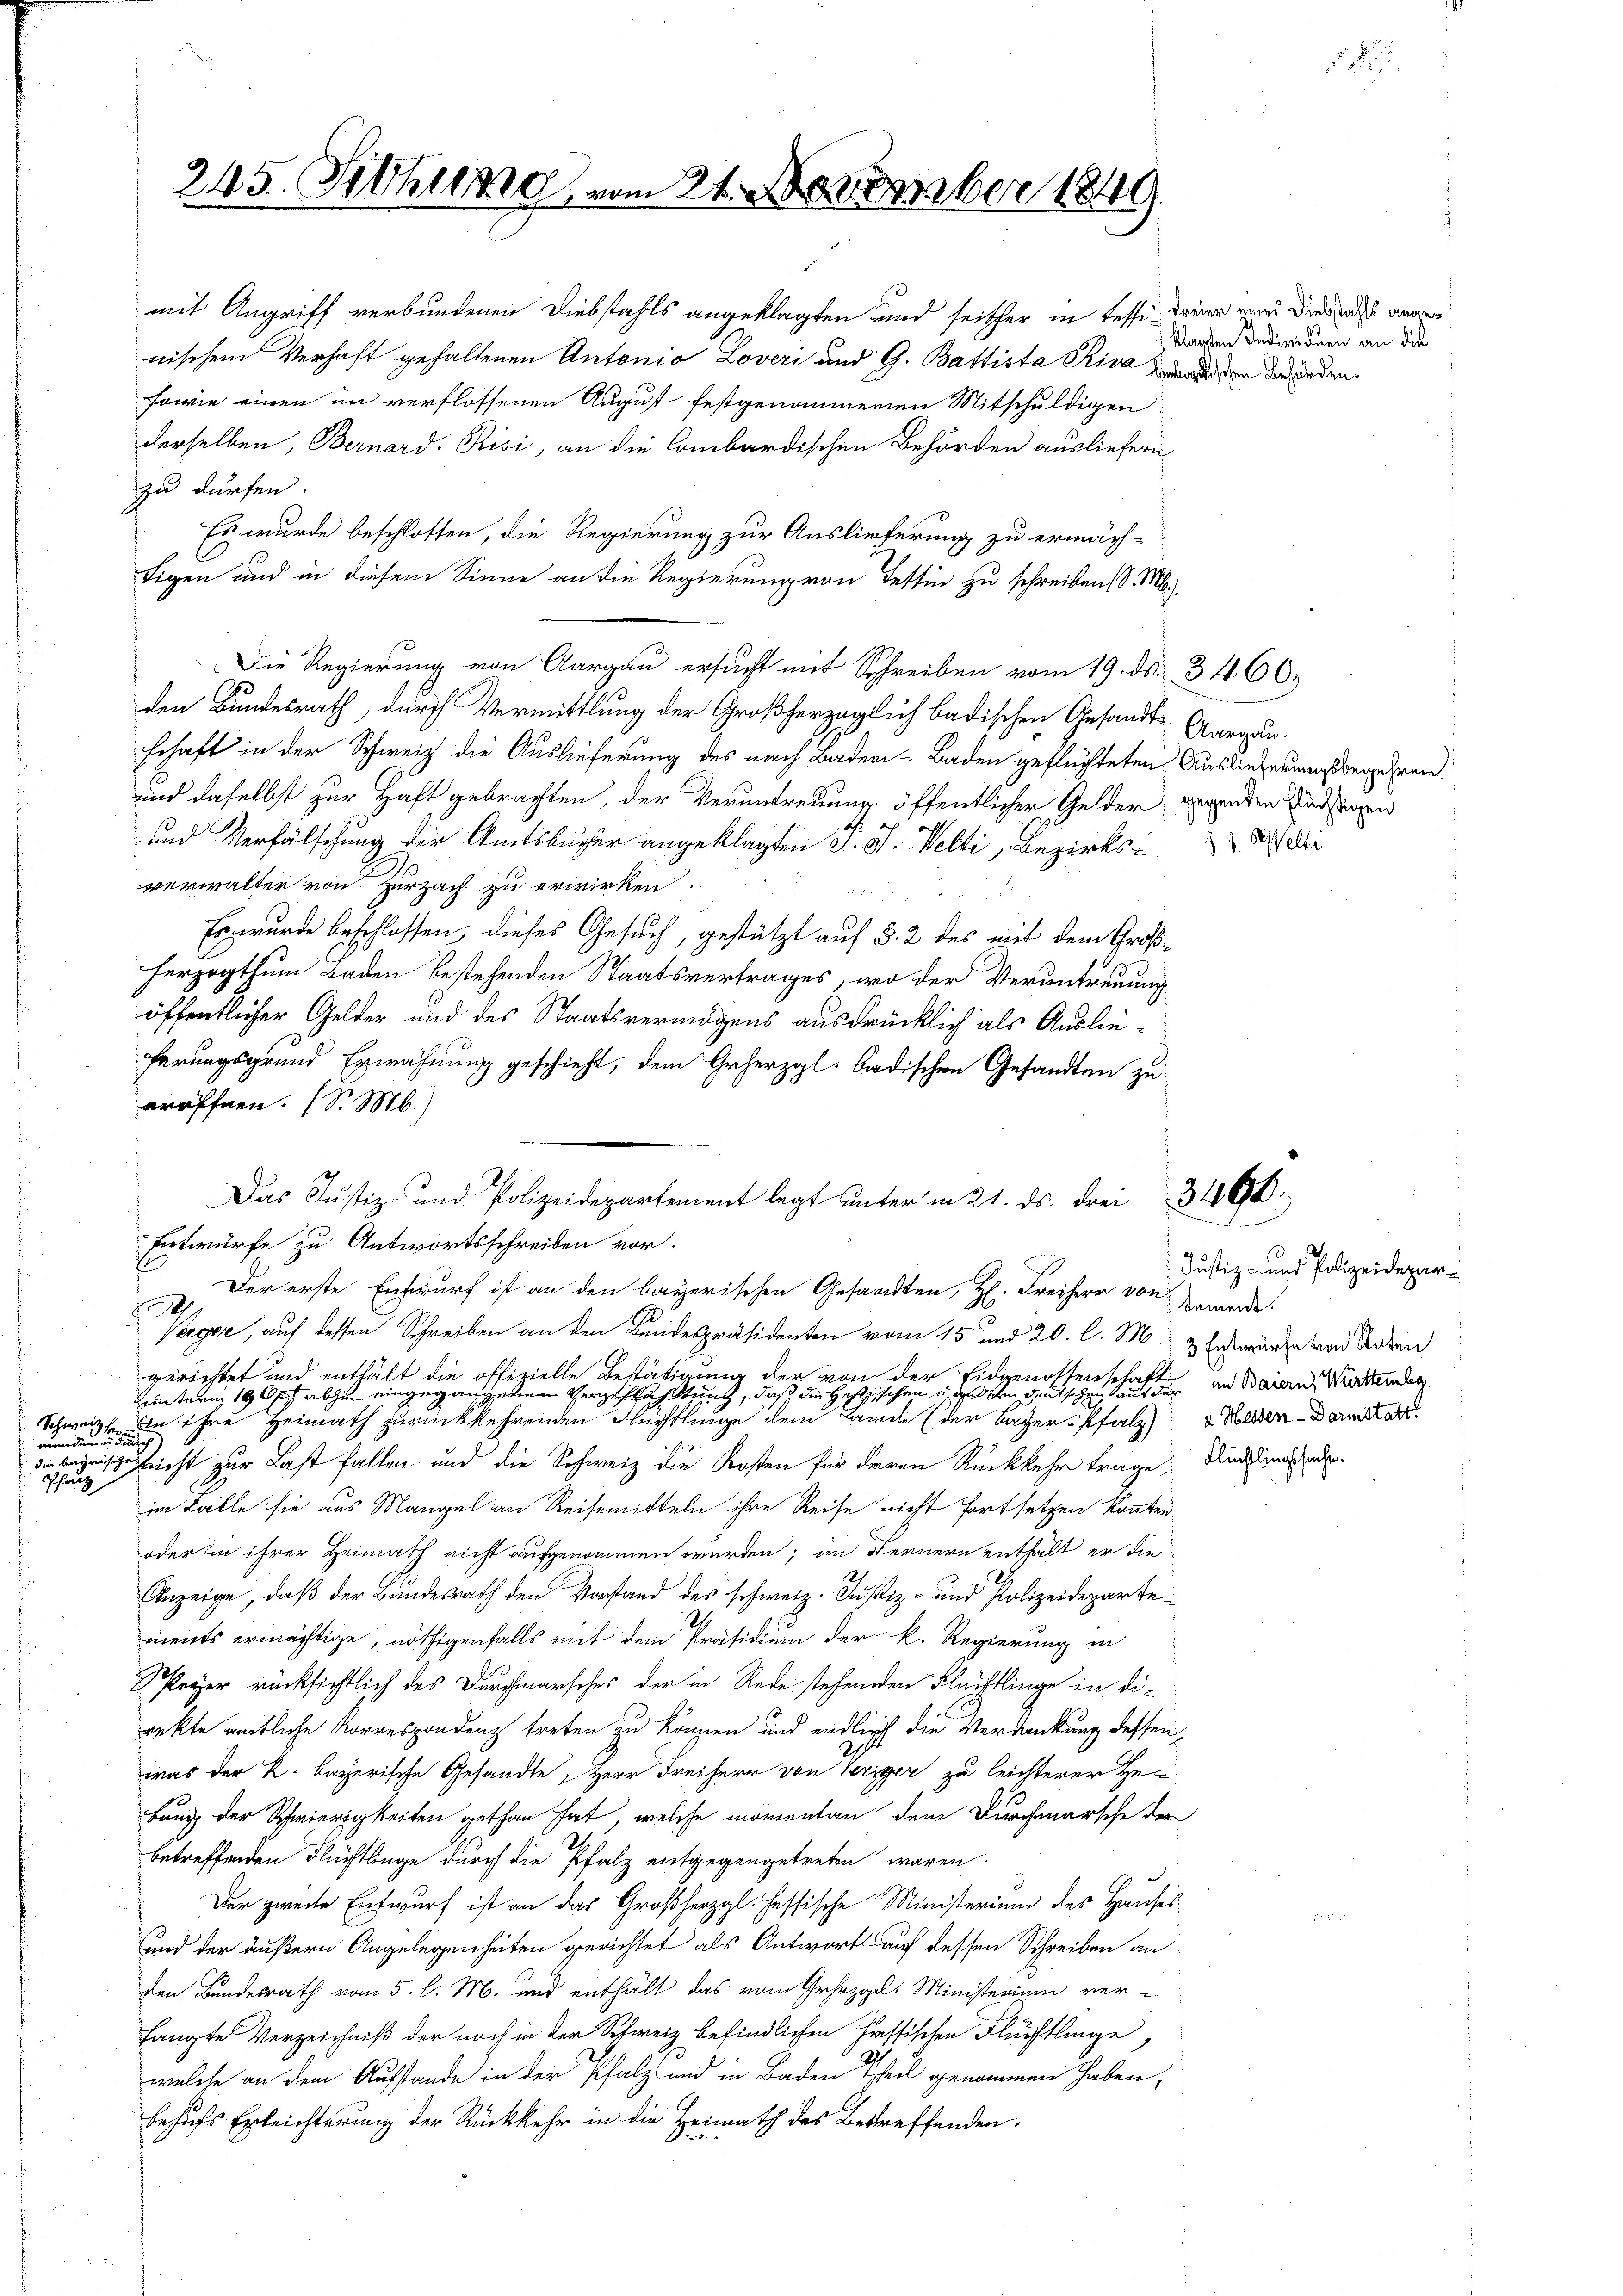
Bunde un
Schatz

mit Angriff verbundenen Diebstahls angeklagten und seither in tesse deiner einer dies dass einer
nischem Verhaft gehaltenen Antonia Loveri und G. Battista Riva den dersenden.
sowie einen im verflossenen August festgenommenen Mitschuldigen
derselben, Bernard. Risi, an die Combardischen Behörden ausliefern
zu dürfen.
Es wurde beschlossen, die Regierung zur Auslieferung zu ermäch-
Eigen und in diesem Sinne an die Regierung von Festin zu schreiben d. M.
Die Regierung von Aargau ersucht mit Schreiben vom 19. ds. 3460.
den Bundesrath, durch Vermittlung der Großherzoglich badischen Gesandt Aargaun.
schaft in der Schweiz die Auslieferung des nach Baden- Baden geflüchteten Auslieferungsbegehren
und daselbst zur Haft gebrachten, der Veruntreuung öffentlicher Gelder gegenden Und sagen

und Verfälschung der Amtsbücher angeklagten S. 3. Welti, Bezirks- di
verwalter von Zurzach zu erwirken
 0 x

Es wurde beschlossen, dieses Gesuch, gestützt auf § 2 des mit dem Großherzogthum Baden bestehenden Staatsvertrages, wo der Verantreuung
öffentlicher Gelder und des Staatsvermögens ausdrücklich als Auslieferungsgrund Erwähnung geschieht, dem Geherzgl. badischen Gesandten zu
eröffnen. (S. M.)
Entwurfe zu Antwortsschreiben vor.
2
Steger, auf dessen Schreiben an den Bundespräsidenten vom 15 und 20. l. M. & Entwürte von Adrei
gerichtet und enthält die offizielle Bestätigung der von der Eidgenossenschaft
unterm 19 p. abhin eingegangenen Verpflichtung, daß die Heftzischen und dem deutschen seiner der an Baiern, Werdenden
Schweiz in ihre Heimath zurückkehrenden Flüchtlinge dem Lande (der Lager Pfalz) Rollen. Darst d
n
geszusicht zur Last fallen und die Schweiz die Kosten für deren Rückkehr trage, Andern and
im Falle sie aus Mangel an Reisemitteln ihre Reise nicht fortsetzen konnten
oder in ihrer Heimath nicht aufgenommen werden; im Fernern enthält er die
Anzeige, daß der Bundesrath den Vorstand des schweiz. Justiz- und Polizeidepartements ermächtige, nöthigenfalls mit dem Präsidium der k. Regierung in
Speyer rücksichtlich des Durchmarsches der in Rede stehenden Flüchtlinge in die
s
rekte amtliche Korrespondenz treten zu können und endlich die Verdankung dessen,
was der k. bayerische Gesandte, Herr Freiherr von Seriger zu leichterer Hebung der Schwierigkeiten gethan hat, welche momentan dem Durchmarsche der
betreffenden Flüchtlage durch die Pfalz entgegengetreten waren.
Der zweite Entwurf ist an das Großherzgl. Hessische Ministerium des Hauses
und der äußern Angelegenheiten gerichtet als Antworts auf dessen Schreiben an
den Bundesrath vom 5. l. M. und enthält das vom Gehezgl: Ministerium ver-
hängte Verzeichniß der noch in der Schweiz befindlichen Passischen Flüchtlinge,
welche an dem Aufstande in der Pfalz und in Baden Theil genommen haben,
behufs Erleichterung der Rückkehr in die Heimath des Betreffenden.

245. Schieng, vom 21. November 1840

Das Justiz- und Polizeidepartement legt unter in 21. ds. drei 346.
Der erste Entwurf ist an den bayerischen Gesandten, H. Freiherr von Zawerde

klagten Individuen an die

Justiz- und Polizeidepar¬